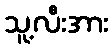
သူ့လီးအား